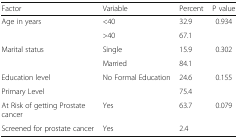
<table><thead><tr><td><b>Factor</b></td><td><b>Variable</b></td><td><b>Percent</b></td><td><b>P value</b></td></tr></thead><tbody><tr><td rowspan="2">Age in years</td><td>&lt;40</td><td>32.9</td><td>0.934</td></tr><tr><td>&gt;40</td><td>67.1</td><td></td></tr><tr><td rowspan="2">Marital status</td><td>Single</td><td>15.9</td><td>0.302</td></tr><tr><td>Married</td><td>84.1</td><td></td></tr><tr><td>Education level</td><td>No Formal Education</td><td>24.6</td><td>0.155</td></tr><tr><td>Primary Level</td><td></td><td>75.4</td><td></td></tr><tr><td>At Risk of getting Prostate cancer</td><td>Yes</td><td>63.7</td><td>0.079</td></tr><tr><td>Screened for prostate cancer</td><td>Yes</td><td>2.4</td><td></td></tr></tbody></table>